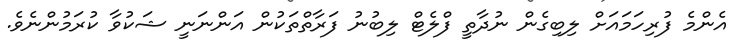
އެންމެ ފުރިހަމައަށް ލިބިގެން ނުދާތީ ފްލެޓް ލިބުނު ފަރާތްތަކުން އަންނަނީ ޝަކުވާ ކުރަމުންނެވެ.